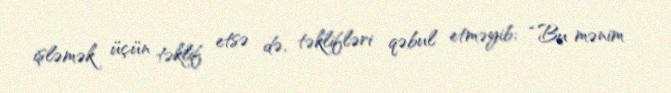
işləmək üçün təklif etsə də, təklifləri qəbul etməyib: “Bu mənim